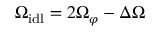
\Omega _ { \mathrm { i d l } } = 2 \Omega _ { \varphi } - \Delta \Omega